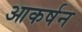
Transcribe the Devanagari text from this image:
आकर्षन